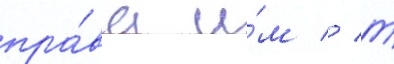
пра́ва и́м // Т